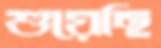
শুয়েছি